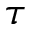
\tau